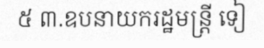
៥ ៣.ឧបនាយករដ្ឋមន្ត្រី ទៀ